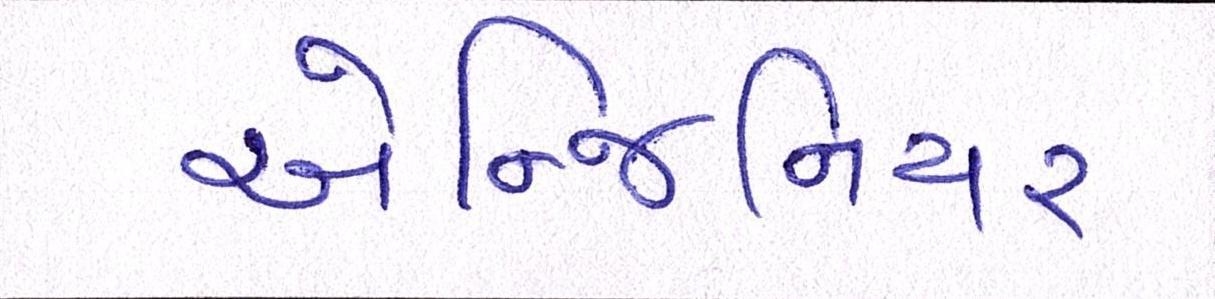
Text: એન્જિનિયર